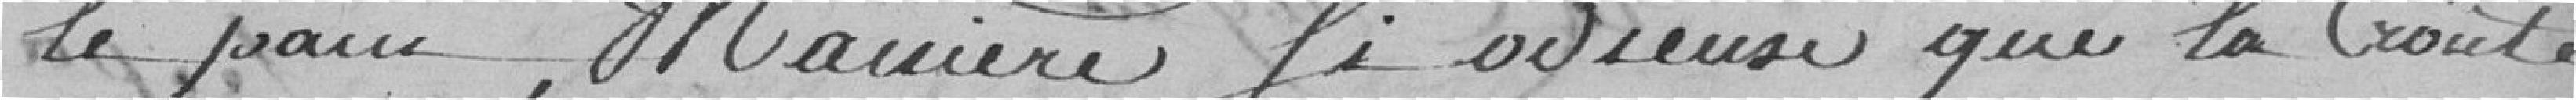
le pain, manière si odieuse que la croute